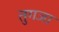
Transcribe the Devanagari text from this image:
तुगजा